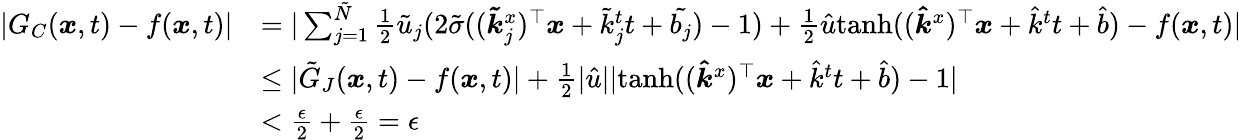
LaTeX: \begin{array}{rl}{|G_{C}(\boldsymbol{x},t)-f(\boldsymbol{x},t)|}&{=|\sum_{j=1}^{\tilde{N}}\frac{1}{2}\tilde{u}_{j}(2\tilde{\sigma}((\boldsymbol{\tilde{k}}_{j}^{x})^{\top}\boldsymbol{x}+\tilde{k}_{j}^{t}t+\tilde{b_{j}})-1)+\frac{1}{2}\hat{u}\mathrm{tanh}((\boldsymbol{\hat{k}}^{x})^{\top}\boldsymbol{x}+\hat{k}^{t}t+\hat{b})-f(\boldsymbol{x},t)|}\\ &{\le|\tilde{G}_{J}(\boldsymbol{x},t)-f(\boldsymbol{x},t)|+\frac{1}{2}|\hat{u}||\mathrm{tanh}((\boldsymbol{\hat{k}}^{x})^{\top}\boldsymbol{x}+\hat{k}^{t}t+\hat{b})-1|}\\ &{<\frac{\epsilon}{2}+\frac{\epsilon}{2}=\epsilon}\end{array}